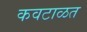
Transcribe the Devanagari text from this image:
कवटाळत